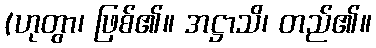
(ဟုတွာ၊ ဖြစ်၏။ အဋ္ဌာသိ၊ တည်၏။